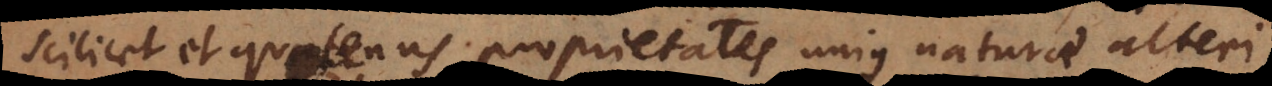
scilicet et quatenus proprietates unius naturae alteri